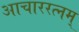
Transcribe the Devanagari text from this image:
आचाररत्नम्